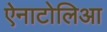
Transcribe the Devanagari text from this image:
ऐनाटोलिआ